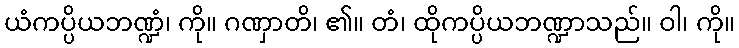
ယံကပ္ပိယဘဏ္ဍံ၊ ကို။ ဂဏှာတိ၊ ၏။ တံ၊ ထိုကပ္ပိယဘဏ္ဍာသည်။ ဝါ၊ ကို။